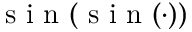
\mathrm { ~ s ~ i ~ n ~ } ( \mathrm { ~ s ~ i ~ n ~ } ( \cdot ) )